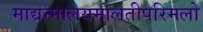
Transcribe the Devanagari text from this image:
माद्यन्मालयमालतीपरिमलो